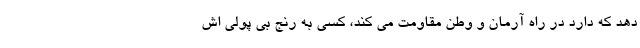
دهد که دارد در راه آرمان و وطن مقاومت می کند، کسی به رنج بی پولی اش